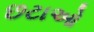
છટાઓ